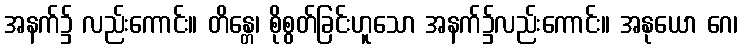
အနက်၌ လည်းကောင်း။ တိန္တေ၊ စိုစွတ်ခြင်းဟူသော အနက်၌လည်းကောင်း။ အနုယော ဂေ၊